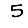
Digit: 5